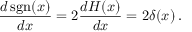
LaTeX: { \frac { d \operatorname { s g n } ( x ) } { d x } } = 2 { \frac { d H ( x ) } { d x } } = 2 \delta ( x ) \, .